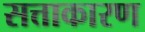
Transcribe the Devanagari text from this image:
सत्ताकारण